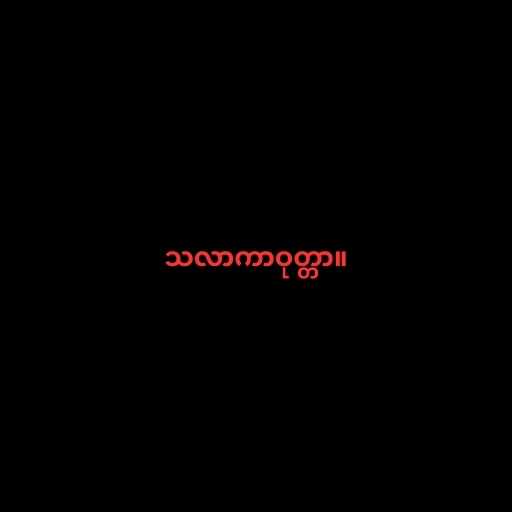
သလာကာဝုတ္တာ။